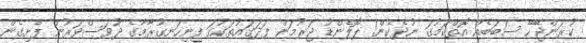
ކުރަންޖޭހޭ ސަބަބެއް އޮތްކަމުގަ ނުދެކެން! ޕޮލެންޑު ޖަރުމަން ފަދަގައުތަކުގަ ފިނިހަނގުރާމާގެ ދުވަސްވަރުން ފެށިގެން